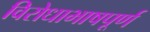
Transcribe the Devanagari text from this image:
विरोधाभाषपूर्ण